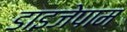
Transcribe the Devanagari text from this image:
डाइजेपाम